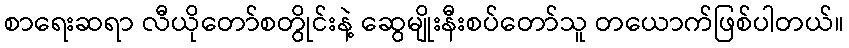
စာရေးဆရာ လီယိုတော်စတွိုင်းနဲ့ ဆွေမျိုးနီးစပ်တော်သူ တယောက်ဖြစ်ပါတယ်။